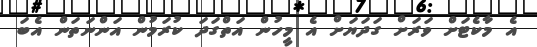
އެ މާކެޓަށް ވަރަށް ގަދަޔަށް އެ މީހުން އަތްގަދަ ކުރަމުން އަންނަތަން އެބަ